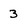
Character: 3